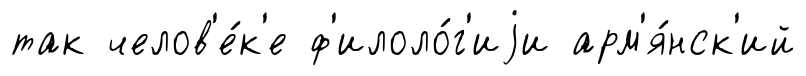
так челов'е́к'е ф'илоло́г'иjи арм'я́нск'ий